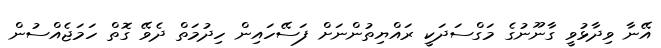
އޭނާ ވިދާޅުވީ ގާނޫނުގެ މަގްސަދަކީ ރައްޔިތުންނަށް ފަސޭހައިން ހިދުމަތް ދެވޭ ގޮތް ހަމަޖެއްސުން